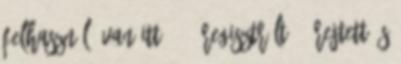
felhasználó van itt :: 0 regisztrált, 0 rejtett és